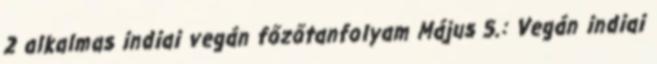
2 alkalmas indiai vegán főzőtanfolyam Május 5.: Vegán indiai